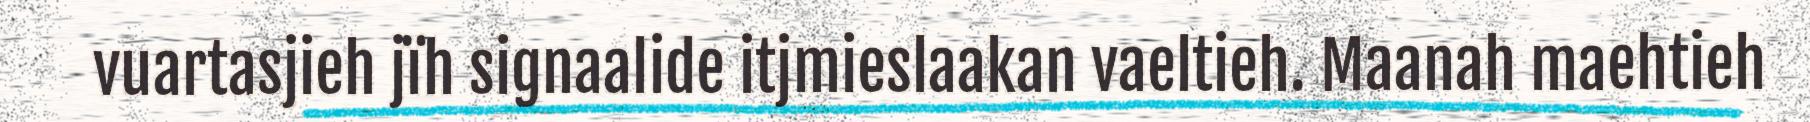
vuartasjieh jïh signaalide itjmieslaakan vaeltieh. Maanah maehtieh